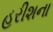
હરીશના